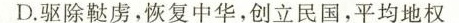
D.驱除鞑虏，恢复中华，创立民国，平均地权